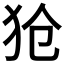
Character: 𪺷